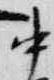
中